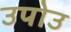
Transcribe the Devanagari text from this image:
उपोउ